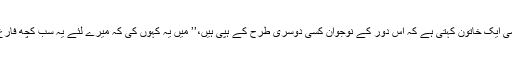
فیسٹول میں شریک لیا نامی ایک خاتون کہتی ہے کہ اِس دور کے نوجوان کسی دوسری طرح کے ہپی ہیں،’’ میں یہ کہوں کی کہ میرے لئے یہ سب کچھ فارغ وقت کا ایک مشغلہ ہے۔